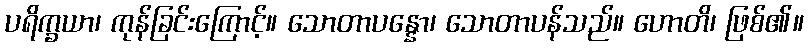
ပရိက္ခယာ၊ ကုန်ခြင်းကြောင့်။ သောတာပန္နော၊ သောတာပန်သည်။ ဟောတိ၊ ဖြစ်၏။